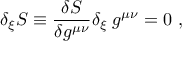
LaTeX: \delta _ { \xi } S \equiv { \frac { \delta S } { \delta g ^ { \mu \nu } } } \delta _ { \xi } \; g ^ { \mu \nu } = 0 \ ,